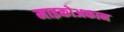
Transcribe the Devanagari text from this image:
माइकोअकान